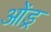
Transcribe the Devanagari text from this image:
ओंड्र